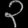
Digit: ၃